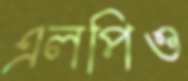
এলপিও